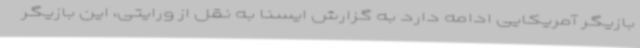
بازیگر آمریکایی ادامه دارد به گزارش ایسنا به نقل از ورایتی، این بازیگر